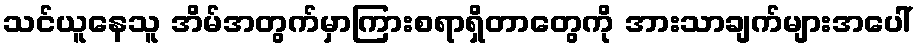
သင်ယူနေသူ အိမ်အတွက်မှာကြားစရာရှိတာတွေကို အားသာချက်များအပေါ်